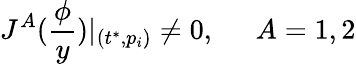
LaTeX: J^{A}(\frac\phi y)|_{(t^{*},p_{i})}\neq 0,\; \; \; \; \; A=1,2